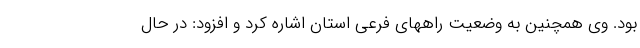
بود. وی همچنین به وضعیت راههای فرعی استان اشاره کرد و افزود: در حال